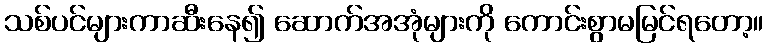
သစ်ပင်များကာဆီးနေ၍ ဆောက်အအုံများကို ကောင်းစွာမမြင်ရတော့။